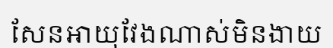
សែនអាយុវែងណាស់មិនងាយ